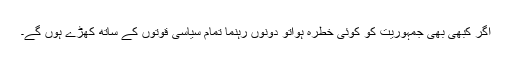
اگر کبھی بھی جمہوریت کو کوئی خطرہ ہواتو دونوں رہنما تمام سیاسی قوتوں کے ساتھ کھڑے ہوں گے۔